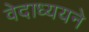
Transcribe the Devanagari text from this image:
वेदाध्ययने